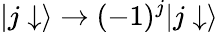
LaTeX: |j\downarrow\rangle\rightarrow(-1)^{j}|j\downarrow\rangle